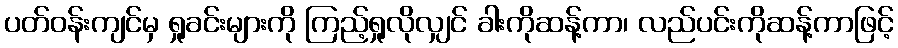
ပတ်ဝန်းကျင်မှ ရှုခင်းများကို ကြည့်ရှုလိုလျှင် ခါးကိုဆန့်ကာ၊ လည်ပင်းကိုဆန့်ကာဖြင့်